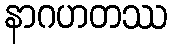
နာဂဟတဿ